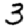
Digit: 3